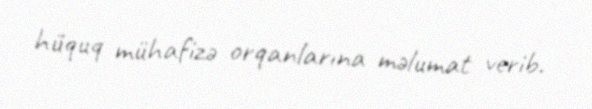
hüquq mühafizə orqanlarına məlumat verib.